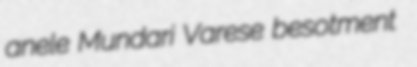
anele Mundari Varese besotment